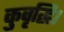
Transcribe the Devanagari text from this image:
कुवृद्धि।